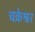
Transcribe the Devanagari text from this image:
चक्रेश्वर